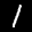
Label: 1